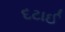
દટાઈ